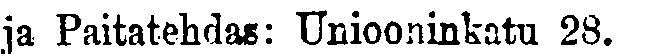
ja Paitatehdas: Uniooninkatu 28.